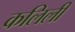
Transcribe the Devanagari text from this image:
कलिली